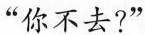
“你不去?”